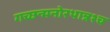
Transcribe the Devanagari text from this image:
गच्छन्मनोरथान्नश्च